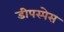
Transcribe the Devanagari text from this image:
डीपस्पेस